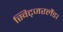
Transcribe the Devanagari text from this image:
स्विट्जरलैंड।